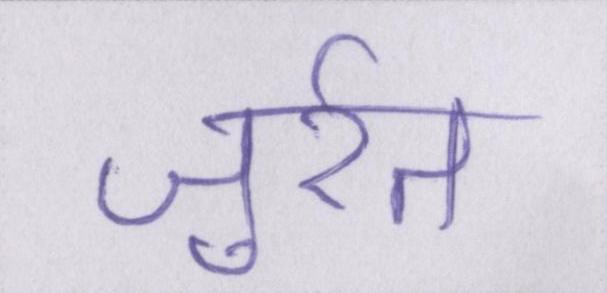
जुर्रत